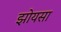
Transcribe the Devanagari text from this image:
झोयसा